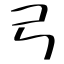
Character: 弓